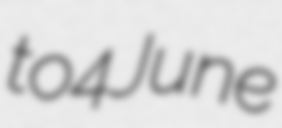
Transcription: to 4 June